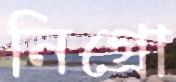
নিগ্রো